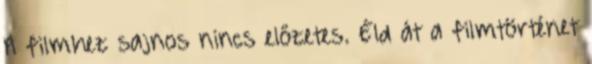
A filmhez sajnos nincs előzetes. Éld át a filmtörténet